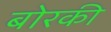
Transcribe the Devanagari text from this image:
बोरकी